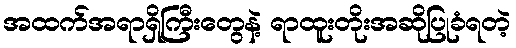
အထက်အရာရှိကြီးတွေနဲ့ ရာထူးတိုးအဆိုပြုခံရတဲ့